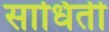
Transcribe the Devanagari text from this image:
साधिती